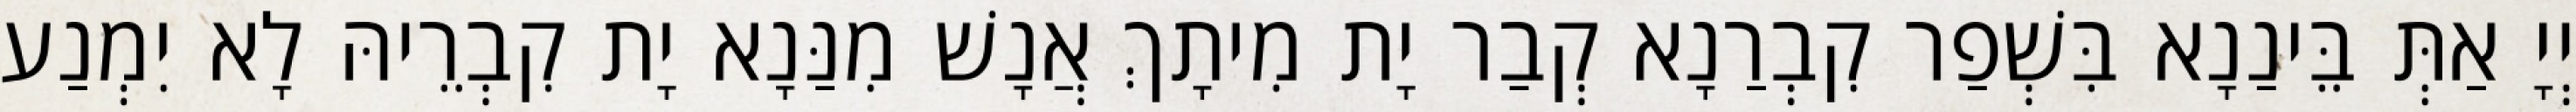
יְיָ אַתְּ בֵּינַנָא בִּשְׁפַר קִבְרַנָא קְבַר יָת מִיתָךְ אֲנָשׁ מִנַּנָא יָת קִבְרֵיהּ לָא יִמְנַע